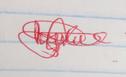
Signature authenticity: genuine